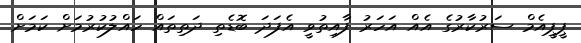
ޕީޕީއެމް ސަރުކާރުގެ އެއް އަަހަރު ފާއިތުވީ އެފަދަ ބޮޑެތި ދަތިތައް ހައްލުކުރުމަށް ކަމަށް